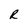
Character: R